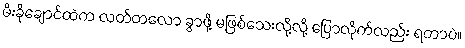
မီးခိုချောင်ထဲက လတ်တလော ခွာဖို့ မဖြစ်သေးလို့လို့ ပြောလိုက်လည်း ရတာပဲ။